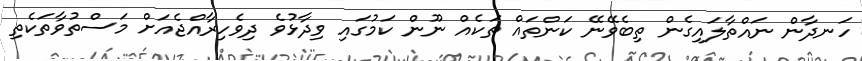
ހަނދާން ނައްތާލައިގެން ތިބެވޭނޭ ކަންތައް ތަކެއް ނޫން ކަމުގައި ވިދާޅުވެ ދިވެހިރާއްޖެއަށް މަސްތުވާތަކެތި